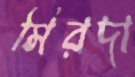
মিরদা